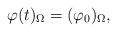
LaTeX: \begin{align*} \varphi(t)_{\Omega} = (\varphi_0)_{\Omega},\end{align*}